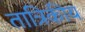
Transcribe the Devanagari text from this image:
तात्रिकीय